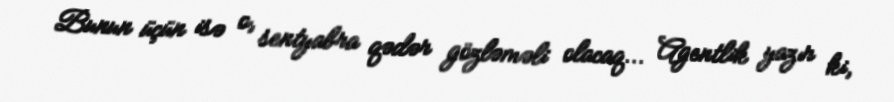
Bunun üçün isə o, sentyabra qədər gözləməli olacaq... Agentlik yazır ki,